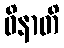
ဝိနာတိ